Indian Medical Review
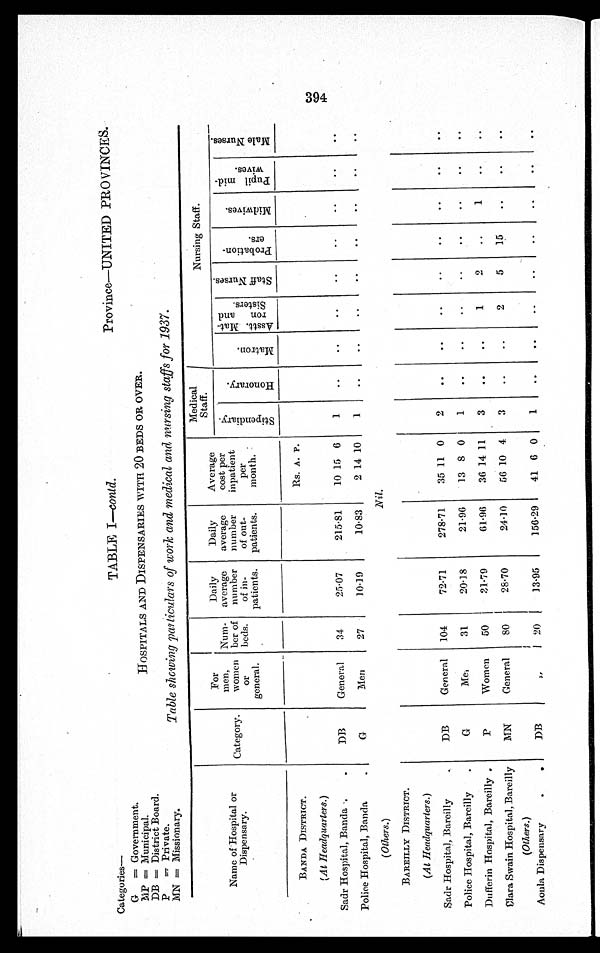
Categories— TABLE I— contd.
Province—UNITED PROVINCES.
G = G o v e r n m e n t .
MP=Municipal. HOSPITALS AND DISPENSARIES WITH 20 BEDS OR OVER.
DB=District Board.
P=Private.
MN=Missionary.
Table showing particulars of work and medical and nursing staffs for 1937.
Name of Hospital or
Dispensary.
Category.
For
men,
women
or
general.
Num-
ber of
beds.
Daily
average
number
of in-
patients.
Daily
average
number
of out-
patients.
Average
cost per
inpatient
per
month.
Medical
Staff.
Nursing Staff.
rh
S t i p e n d i a r y .
H o n o r a r y .
M a t r o n .
A s s t t . M a t t - r o n a n d S i s t e r s .
S t a f f N u r s e s .
P r o b a t i o n - e r s . M i d w i v e s .
P u p i l M i d - w i v e s .
M a l e N u r s e s .
BANDA DISTRICT.
Rs. A. P.
(At Headquarters.)
Sadr Hospital, Banda
DB
General
34
25.07
215.81
10 15 6
1
Police Hospital, Banda
G
Men
27
10.19
10.83
2 14 1 0 1
(Others.)
Nil.
BAREILLY DISTRICT.
(At Headquarters.)
Sadr Hospital, Bareilly
DB
General 104
72.71
278.71
35 11 0
2
Police Hospital, Bareilly
G
Me
31
20.18
21.96
13 8 0
1
Dufferin Hospital, Bareilly
P
Women 50
31.79
61.96
36 14 11
3
1
2
1
Clara Swain Hospital, Bareilly
MN
General
8 0
28.70
24.10
56 10 4
3
2
5
15
(Others.)
Aonla Dispensary
DB
,,
20
13.95
156.29
41 6 0
1
394